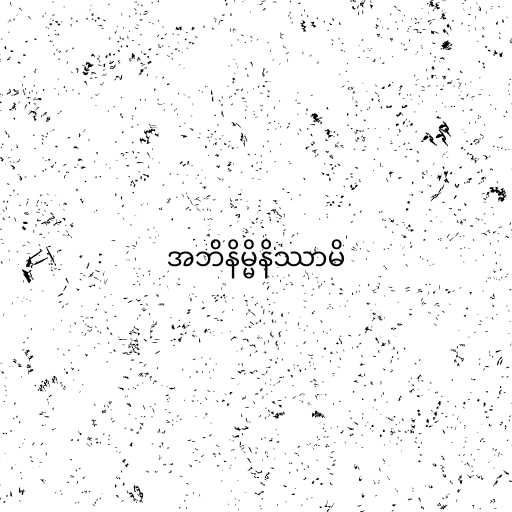
အဘိနိမ္မိနိဿာမိ